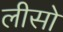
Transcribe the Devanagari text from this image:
लीसो